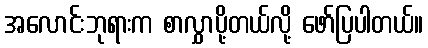
အလောင်းဘုရားက စာလွှာပို့တယ်လို့ ဖော်ပြပါတယ်။